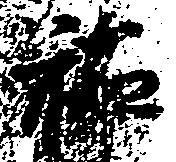
祐